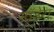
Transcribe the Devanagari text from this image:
मॉडेरा